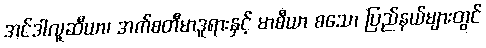
အင်ဒါလူဆီယာ၊ အက်စတီမာဒူရားနှင့် မာစီယာ စသော ပြည်နယ်များတွင်